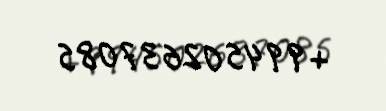
+994502637085